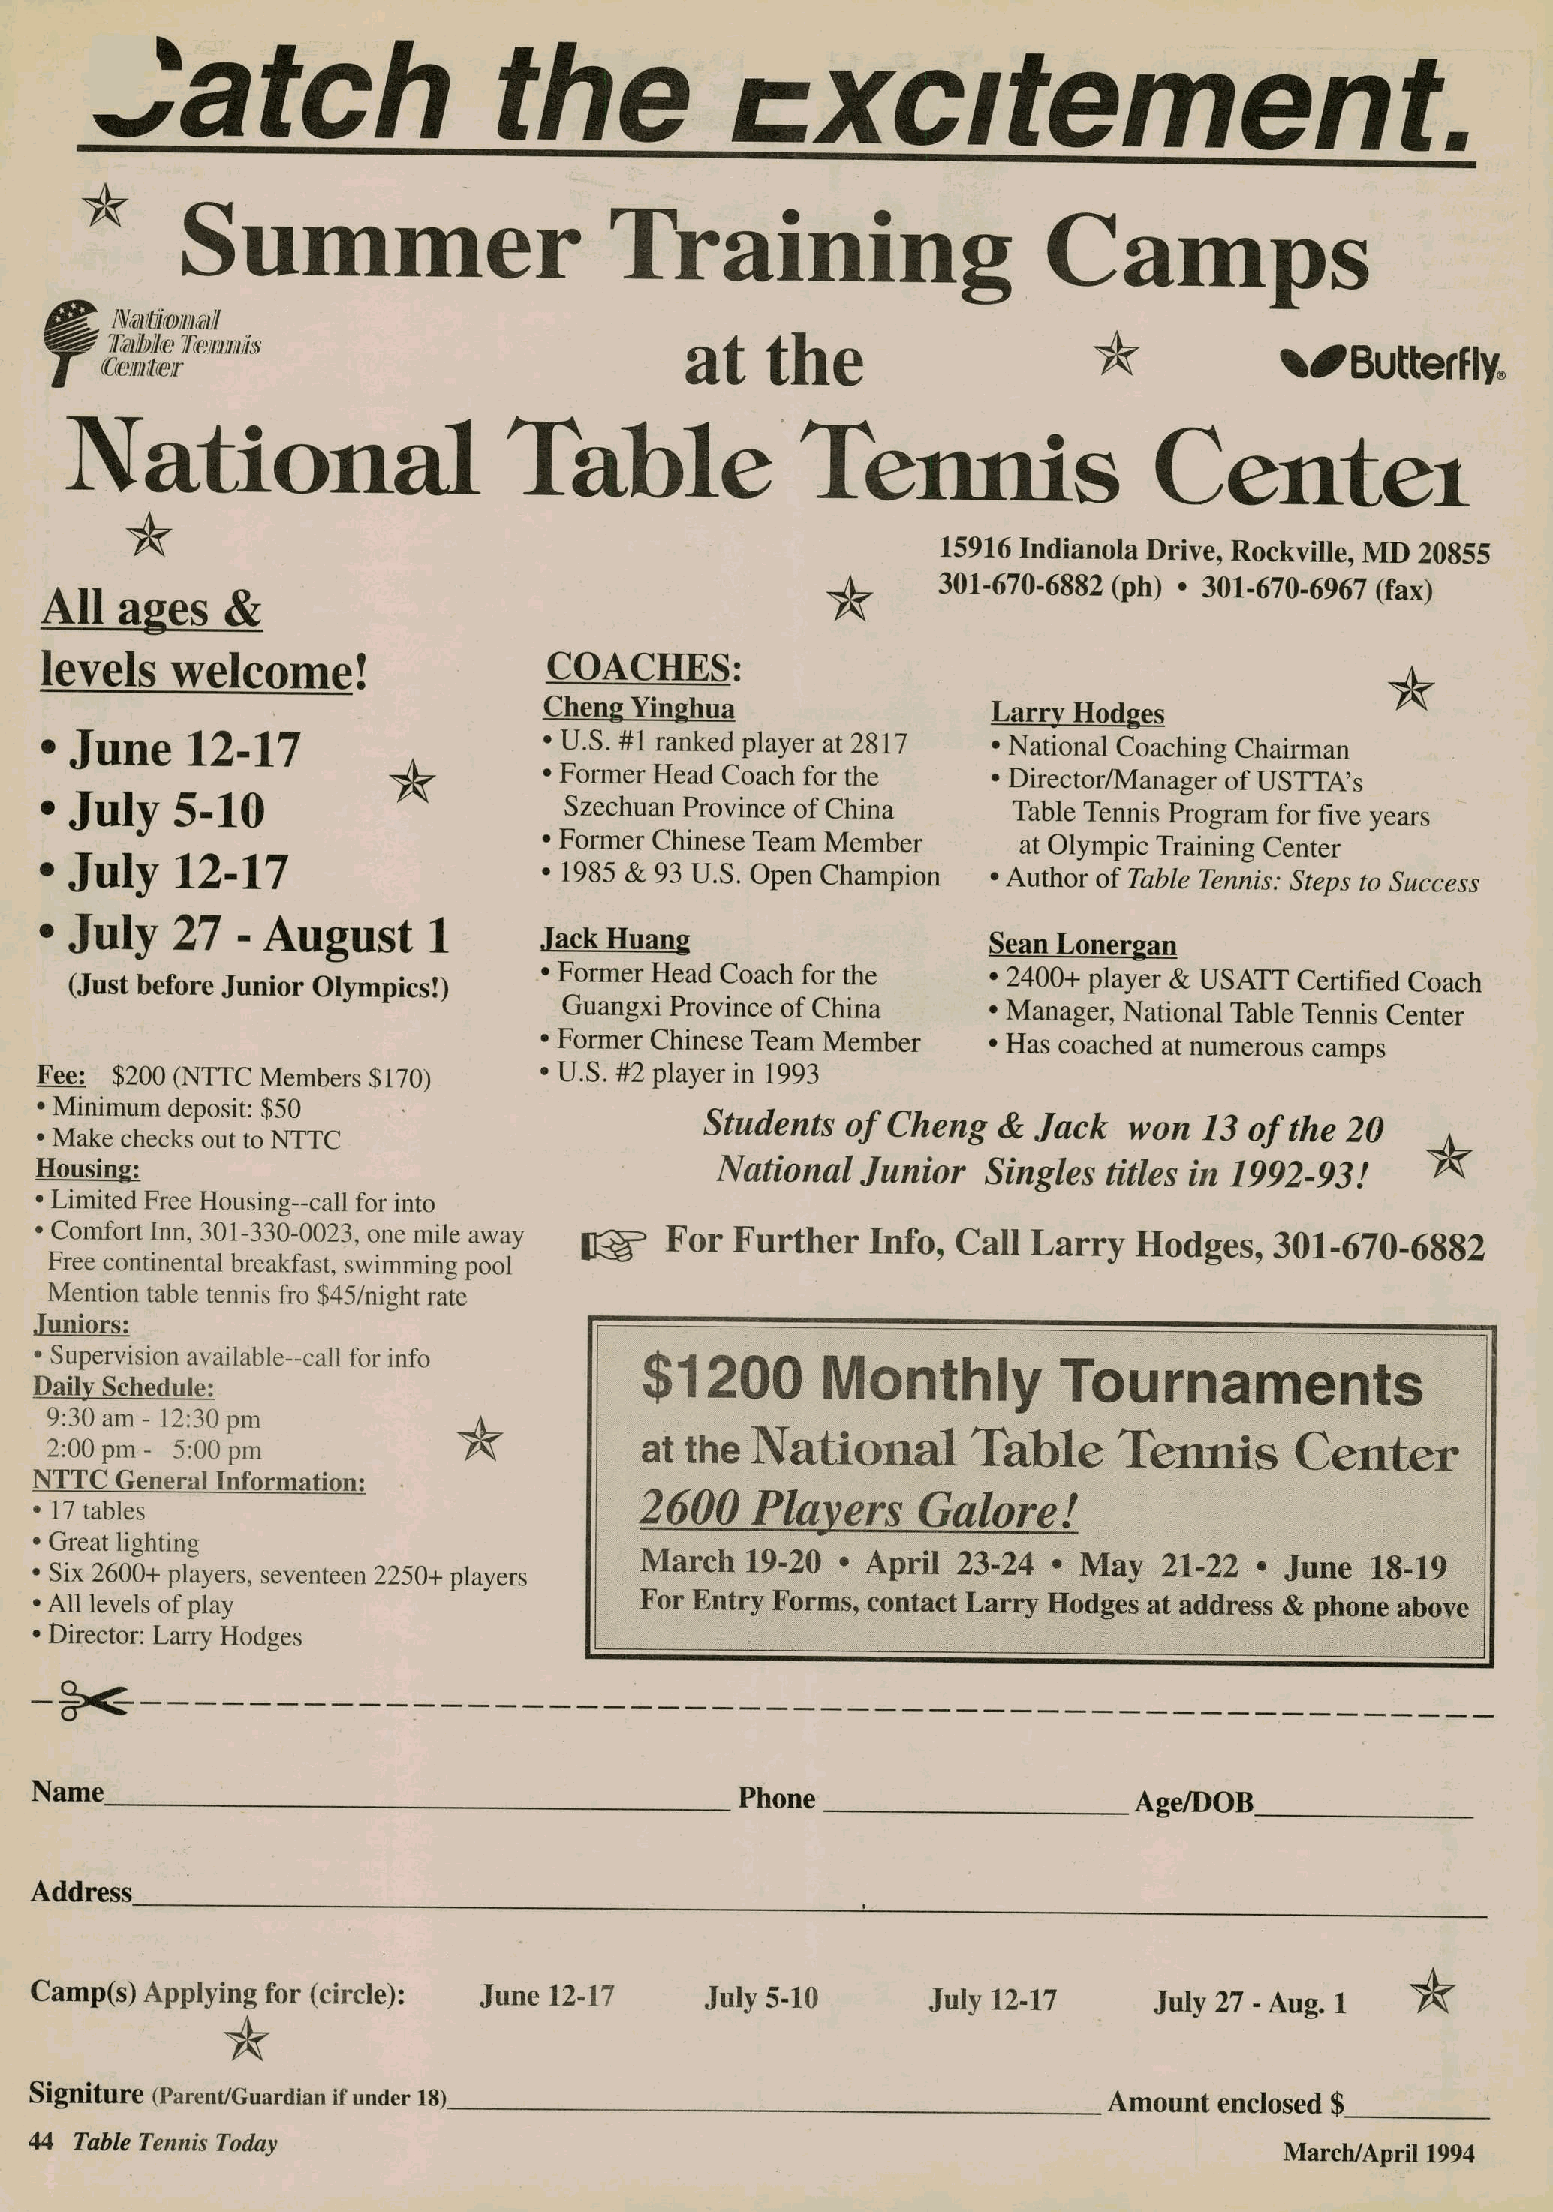
-'atch                    the             =xcitement.
 *    Summer                        Training                    Camps
 / N@itti©jillal
 li Talple Te,mimitw
 at      the        *   •oButterfly
 T cceilitter
 National                     Table               Tennis                 Centel
 15916 Indianola Drive, Rockville, MD 20855
 301-670-6882 (ph) • 301-670-6967 (fax)
 All ages    &
 levels  welcome!                 COACHES:
 Cheng Yinghua                 Larry Hodges
 • June   12-17                   ' U.S. #1 ranked player at 2817 • National Coaching Chairman
 • Former Head Coach for the   • Director/Manager of USTTA's
 July   5-10                      Szechuan Province of China
 Table Tennis Program for five years
 • Former Chinese Team Member
 at Olympic Training Center
 • July  12-17                    • 1985 & 93 U.S. Open Champion • Author ofTable Tennis: Steps to Success
 • July  27  - August     1
 Jack Huang                   Sean Lonergan
 • Former Head Coach for the  • 2400+ player & USATT Certified Coach
 (Just before Junior Olympics!)
 Guangxi Province of China   • Manager, National Table Tennis Center
 • Former Chinese Team Member • Has coached at numerous camps
 Fee: $200 (NTTC Members $170)     • U.S. #2 player in 1993
 • Minimum deposit: $50
 Students of C}     & Jack  won   13 Of  the 20  a_
 • Make checks out to NTTC
 Housing:                                     National  Jun     Singles titles in 1992-93!
 • Limited Free Housing--call for into
 • Comfort Inn, 301-330-0023, one mile away 12 For Further Inf  all Larry Hodges,  301-670-6882
 Free continental breakfast, swimming pool
 Mention table tennis fro $45/night rate
 Juniors:
 • Supervision available--call for info
 $1200       Mot
 ily  Tournaments
 Daily Schedule:
 9:30 am - 12:30 pm
 at  the  Nation        fuble    Tennis      Center
 2:00 pm - 5:00 pm
 NTTC  General Information:
 • 17 tables                             2600    Players        lore!   4
 • Great lighting
 March  19-20  • April 23-24 • May 21-22  • June 18-19
 • Six 2600+ players, seventeen 2250+ players
 • All levels of play                    For Entry Forms, conl  arry Hodges at address & phone above
 • Director: Larry Hodges
 -- --- -- I- -'ll----- - I.--Ill - - i.li
 Name
 Phone                     Age/DOB
 Address
 Camp(s) Applying for (circle): June 12-17    July 5-10     July 12-17     July 27 - Aug. 1
 Signiture (Parent/Guardian if under 18)
 Amount enclosed $
 44 Table Tennis Today
 March/April 1994